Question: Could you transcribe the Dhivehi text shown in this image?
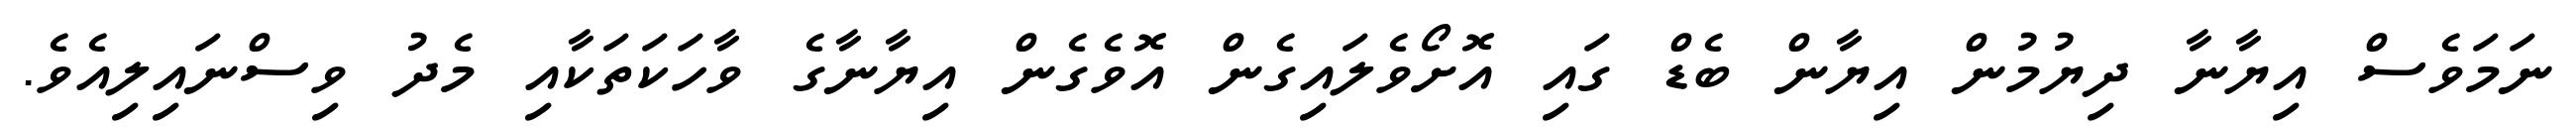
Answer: ނަމަވެސް އިޔާނާ ދިޔުމުން އިޔާން ބެޑް ގައި އޮށޯވެލައިގެން އޮވެގެން އިޔާނާގެ ވާހަކަތަކާއި މެދު ވިސްނައިލިއެވެ.